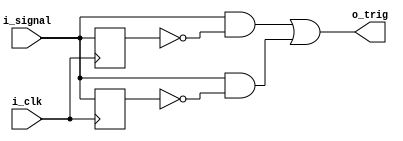
module rising_edge_detector(
    input i_signal,
    input i_clk,
    output o_trig
);

reg previous_pos;
reg previous_neg;

always @(posedge i_clk)
    previous_pos <= i_signal;

always @(negedge i_clk)
    previous_neg <= i_signal;

assign o_trig = (i_signal & ~previous_pos) | (i_signal & ~previous_neg);

endmodule